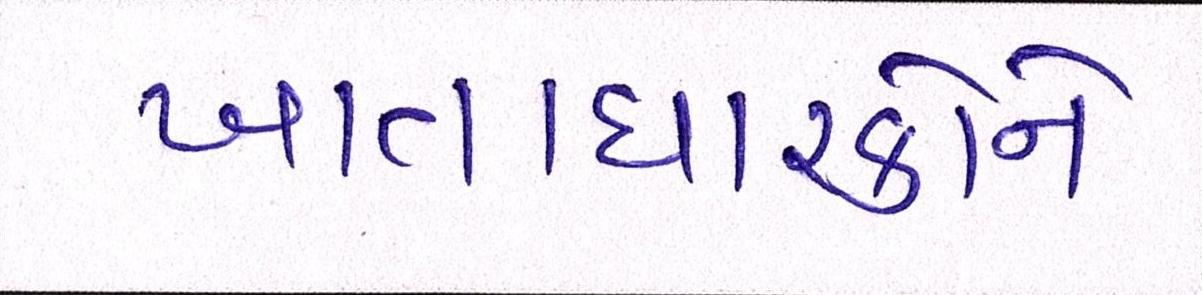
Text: ખાતાધારકોને